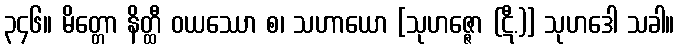
၃၄၆။ မိတ္တော နိတ္ထီ ဝယဿော စ၊ သဟာယော [သုဟဇ္ဇော (ဋီ.)] သုဟဒေါ သခါ။